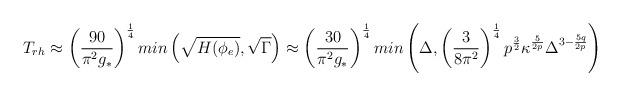
LaTeX: \begin{align*}T_{rh} \approx \left( \frac{90}{\pi^2g_{*}}\right)^{\frac{1}{4}} min\left(\sqrt{H(\phi_e)},\sqrt{\Gamma}\right)\approx \left(\frac{30}{\pi^2g_{*}}\right)^{\frac{1}{4}}min\left(\Delta,\left( \frac{3}{8\pi^2}\right)^{\frac{1}{4}}p^{\frac{3}{2}}\kappa^{\frac{5}{2p}}\Delta^{3-\frac{5q}{2p}}\right)\end{align*}